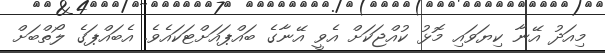
މިއަދު އޭނާ ކިޔަވައި މޮޅު ކުއްޖަކަށް އެވީ އޭނާގެ ބައްޕައަށްޓަކައެވެ. އެބައްޕަގެ ލޯތްބަށް